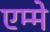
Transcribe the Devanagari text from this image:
एम्मे